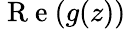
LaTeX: \mathrm{~R~e~}(g(z))